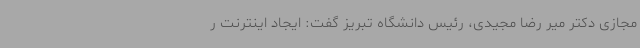
مجازی دکتر میر رضا مجیدی، رئیس دانشگاه تبریز گفت: ایجاد اینترنت ر